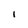
Character: l